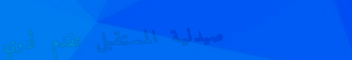
صيدلية المستقبل تقدم أدوي